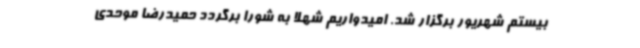
بیستم شهریور برگزار شد. امیدواریم شهلا به شورا برگردد حمیدرضا موحدی